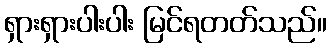
ရှားရှားပါးပါး မြင်ရတတ်သည်။